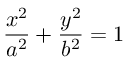
{ \frac { x ^ { 2 } } { a ^ { 2 } } } + { \frac { y ^ { 2 } } { b ^ { 2 } } } = 1